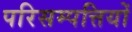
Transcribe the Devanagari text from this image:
परिसम्‍पत्तियों